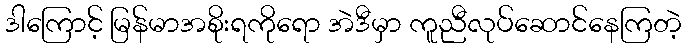
ဒါကြောင့် မြန်မာအစိုးရကိုရော အဲဒီမှာ ကူညီလုပ်ဆောင်နေကြတဲ့